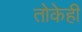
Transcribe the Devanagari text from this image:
तोकेही